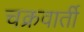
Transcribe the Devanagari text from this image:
चक्रवार्ती